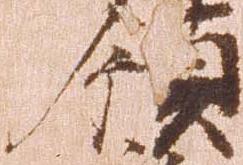
領